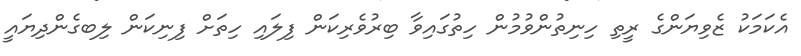
އެކަމަކު ޒެވިޔަންގެ ރީތި ހިނިތުންވުމުން ހިތުގައިވާ ބިރުވެރިކަން ފިލައި ހިތަށް ފިނިކަން ލިބގެންދިޔައީ